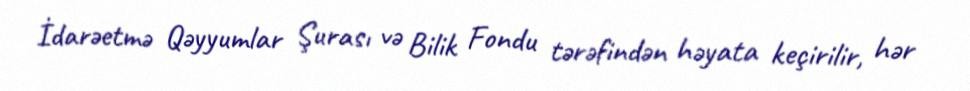
İdarəetmə Qəyyumlar Şurası və Bilik Fondu tərəfindən həyata keçirilir, hər